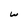
Character: w